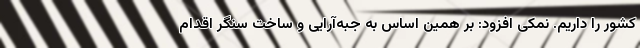
کشور را داریم. نمکی افزود: بر همین اساس به جبه‌آرایی و ساخت سنگر اقدام